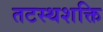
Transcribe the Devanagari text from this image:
तटस्थशक्ति